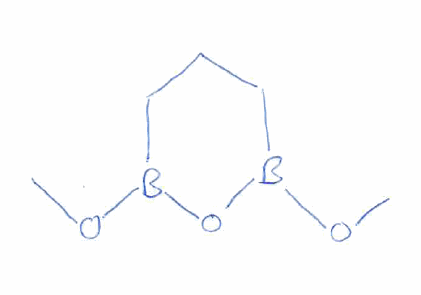
Simplified molecular-input line-entry system (SMILES) notation of the given molecule:
B1(CCCB(O1)OC)OC